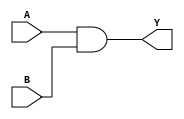
module and_gate (
    input A,       // input port A
    input B,       // input port B
    output Y       // output port Y
);

assign Y = A & B;   // AND gate implementation

endmodule